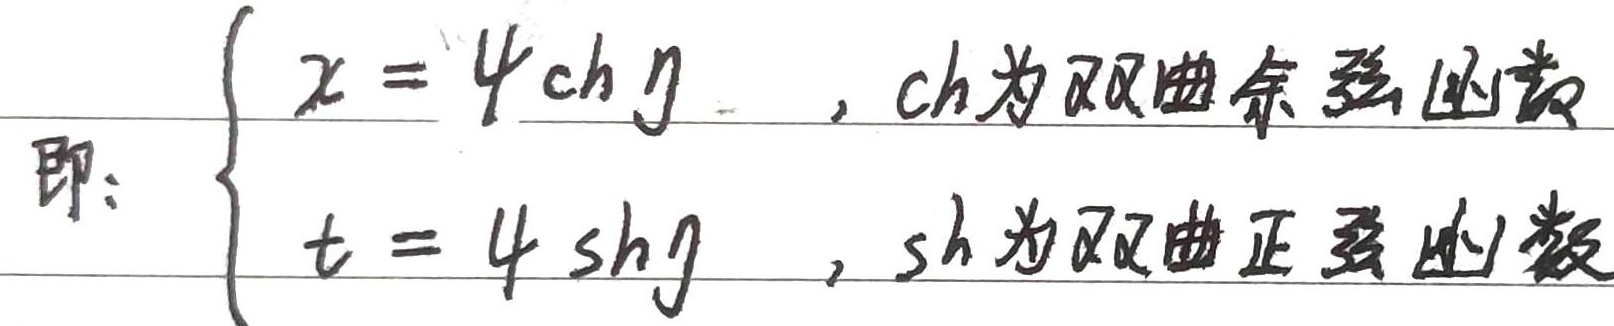
即：
\[\begin{cases}
x = \psi \mathrm{ch} \eta ，\text{ch为双曲余弦函数}\\
t = \psi \mathrm{sh} \eta ，\text{sh为双曲正弦函数}
\end{cases}\]